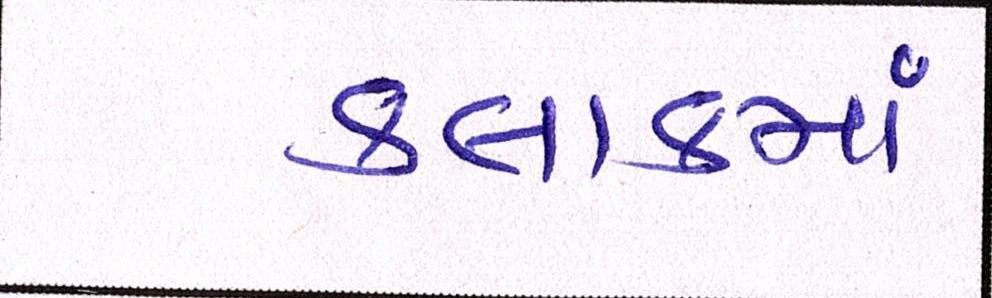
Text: કલાકમાં